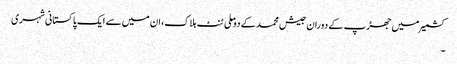
کشمیر میں جھڑپ کے دوران جیش محمد کے دو ملی ٹنٹ ہلاک، ان میں سے ایک پاکستانی شہری
۔